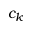
c _ { k }